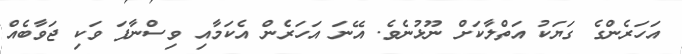
އަހަރެންގެ ގަޔަކު އަތްލާކަށް ނޫޅުނެވެ. އޭނަ އަހަރެން އެކަމާއި ވިސްނާފަ ވަކި ޖަވާބެއް